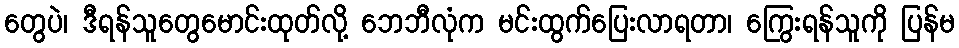
တွေပဲ၊ ဒီရန်သူတွေမောင်းထုတ်လို့ ဘေဘီလုံက မင်းထွက်ပြေးလာရတာ၊ ကြွေးရန်သူကို ပြန်မ